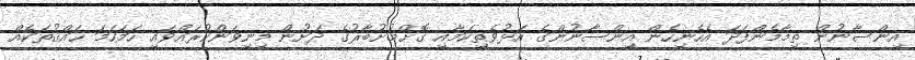
އިންސާނުން ތިމާމެންފަދަ އެހެނިހެން އިންސާނުންގެ އަޅުވެތިކަމާއި ގޮށްމުށުބާރުގެ ދަށުން މިނިވަންކުރައްވައި ހަމަހަމަ ޙައްޤުތަކެއް